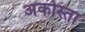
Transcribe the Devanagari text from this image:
अकोस्ता